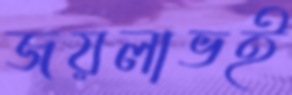
জয়লাভই